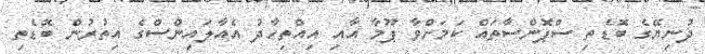
ދުނިޔޭގެ ބޮޑެތި ސްޕޮންސާތައް ކަމަށްވާ ޕޫމާ އާއި އިއްތިހާދު އެއާލައިންސްގެ އިތުރުން ބޮޑެތި